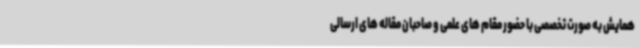
همایش به صورت تخصصی با حضور مقام های علمی و صاحبان مقاله های ارسالی